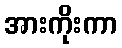
အားကိုးကာ